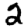
Digit: 2